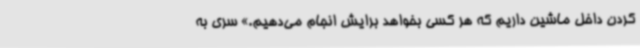
کردن داخل ماشین داریم که هر کسی بخواهد برایش انجام می‌دهیم.» سری به